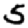
Digit: 5